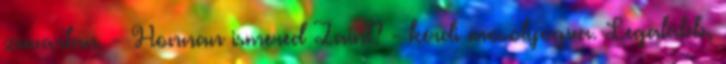
zavartan. - Honnan ismered Zaint? - kérdi mosolyogva. Legalább,